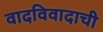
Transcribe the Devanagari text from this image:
वादविवादाची